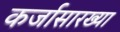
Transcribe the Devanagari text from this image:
कर्जासारख्या